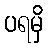
ပရမှိ